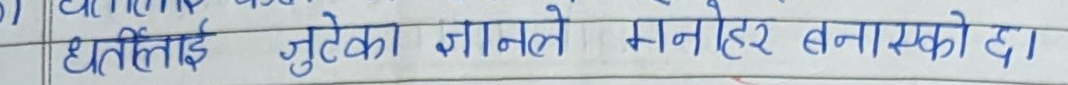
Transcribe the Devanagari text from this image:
धितीलाई जुटेको ज्ञानले मनोहर बनाएको दा।